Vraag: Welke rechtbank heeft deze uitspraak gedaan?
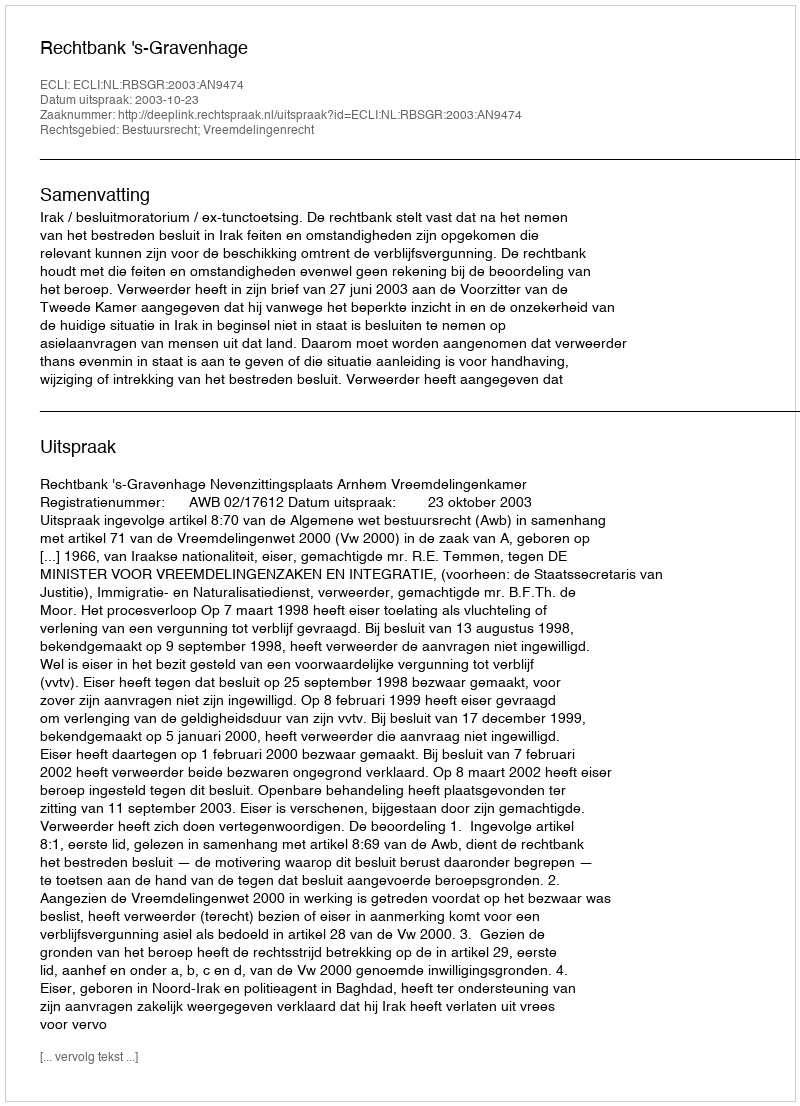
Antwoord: Rechtbank 's-Gravenhage